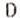
D